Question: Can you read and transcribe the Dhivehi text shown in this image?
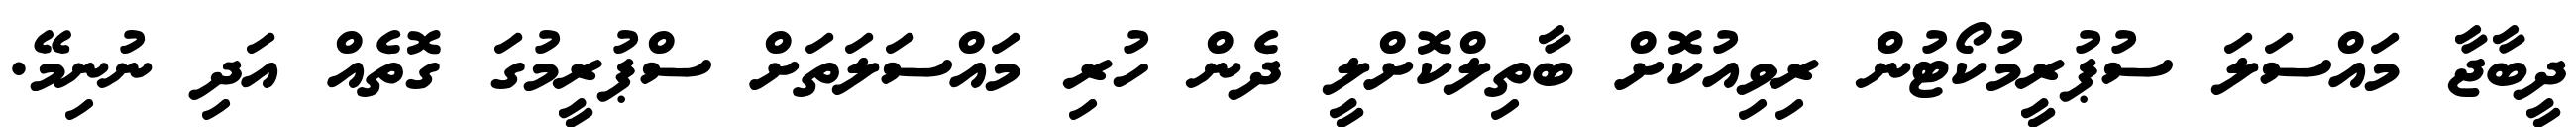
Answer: ދީބާޖާ މައްސަލަ ސުޕުރީމުކޯޓުން ރިވިއުކޮށް ބާތިލްކޮށްލީ ދެން ހުރި މައްސަލަތަށް ސްޕުރީމުގަ ގޮތެއް އަދި ނުނިމޭ.